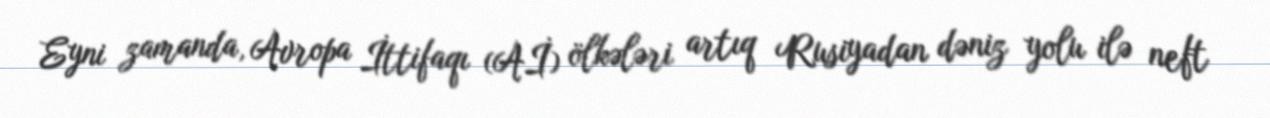
Eyni zamanda, Avropa İttifaqı (Aİ) ölkələri artıq Rusiyadan dəniz yolu ilə neft